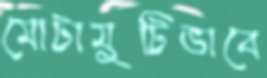
মোটামুটিভাবে